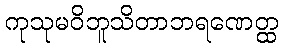
ကုသုမဝိဘူသိတာဘရဏေတ္ထ